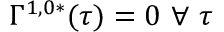
\Gamma ^ { 1 , 0 * } ( \tau ) = 0 \mathrm { ~ } \forall \mathrm { ~ } \tau